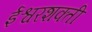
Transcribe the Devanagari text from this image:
ईश्वरशक्ती